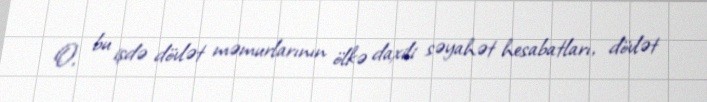
O, bu işdə dövlət məmurlarının ölkə daxili səyahət hesabatları, dövlət